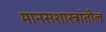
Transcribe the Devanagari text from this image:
मानसशास्त्रांतील